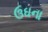
ઉઘના